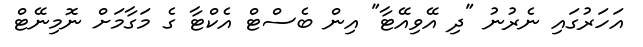
އަހަރުގައި ނެރުނު "ދި އޭވިއޭޓާ" އިން ބެސްޓް އެކްޓާ ގެ މަގާމަށް ނޮމިނޭޓް